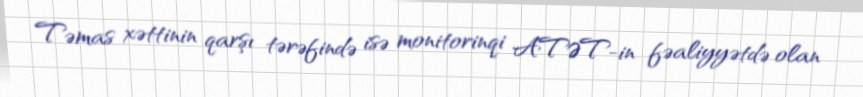
Təmas xəttinin qarşı tərəfində isə monitorinqi ATƏT-in fəaliyyətdə olan